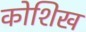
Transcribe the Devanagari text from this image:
कोशिख